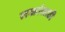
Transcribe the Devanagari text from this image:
तळांसाठी